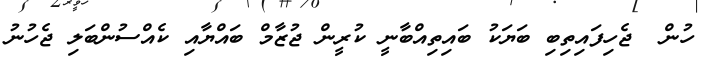
ހުން  ޖެހިފައިތިބި ބަޔަކު ބައިތިއްބާނީ ކުރީން ޖުޒާމް ބައްޔާއި ކެއްސުންބަލި ޖެހުނު